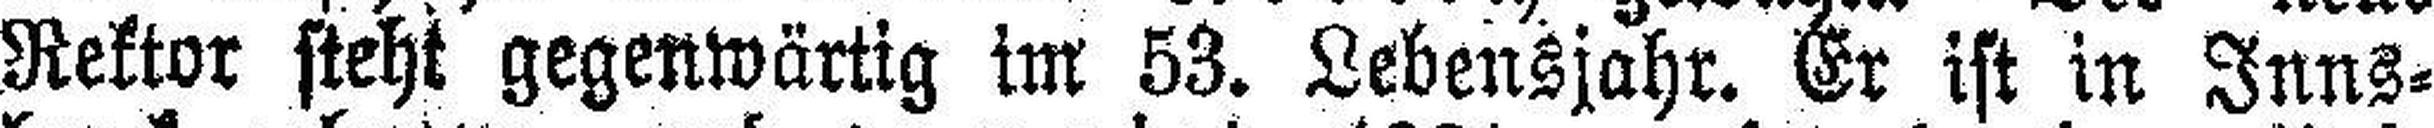
Rektor steht gegenwärtig im 53. Lebensjahr. Er ist in Inns¬